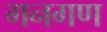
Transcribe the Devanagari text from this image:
गनगण